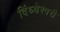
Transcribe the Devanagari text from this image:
विंध्येश्वरी